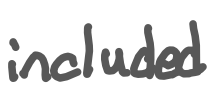
Text: included
Cross-out: clean
Writing tool: digital_gray